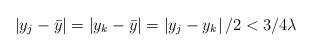
LaTeX: \begin{align*}\left|y_j-\bar{y}\right|=\left|y_k-\bar{y}\right|=\left|y_j-y_k\right|/2<3/4 \lambda\end{align*}